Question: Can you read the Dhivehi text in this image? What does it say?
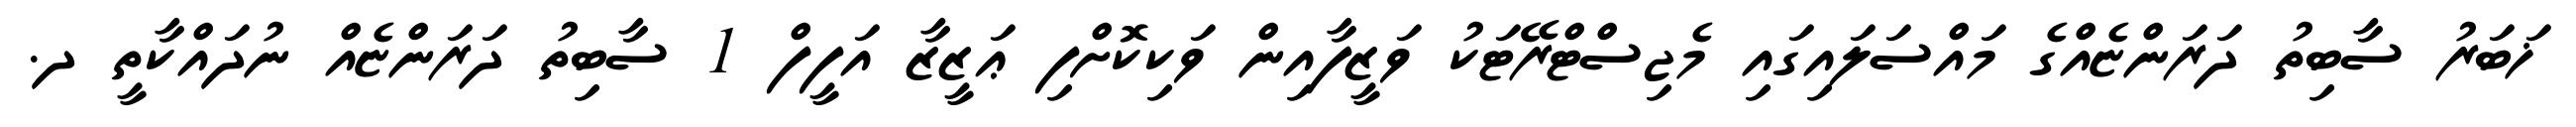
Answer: ޚަބަރު ސާބިތު ދަރަންޏެއްގެ މައްސަލައިގައި މެޖިސްޓްރޭޓަކު ވަޒީފާއިން ވަކިކޮށްފި ޢަޒީޒާ އަފީފް 1 ސާބިތު ދަރަންޏެއް ނުދައްކާތީ ދ.